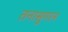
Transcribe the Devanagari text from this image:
तनासुगरन